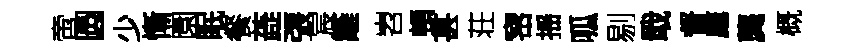
啻圆少慚園眠餐蕋張宸籬岧頓甚荘宻揺呱剔戢督鷹龔概